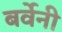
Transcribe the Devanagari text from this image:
बर्वेनी